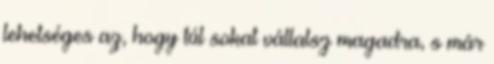
lehetséges az, hogy túl sokat vállalsz magadra, s már